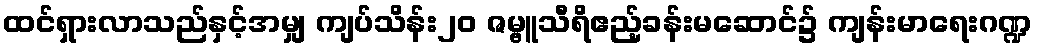
ထင်ရှားလာသည်နှင့်အမျှ ကျပ်သိန်း၂၀ ဇမ္ဗူသီရိဧည့်ခန်းမဆောင်၌ ကျန်းမာရေးဂဏ္ဍ